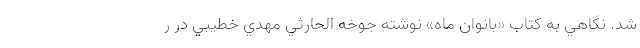
شد. نگاهي به كتاب «بانوان ماه» نوشته جوخه الحارثي مهدي خطيبي در ر